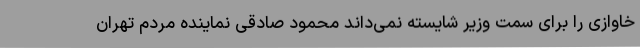
خاوازی را برای سمت وزیر شایسته نمی‌داند محمود صادقی نماینده مردم تهران